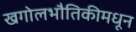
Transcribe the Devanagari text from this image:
खगोलभौतिकीमधून